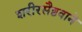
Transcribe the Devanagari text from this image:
शरीरसैष्ठवाने